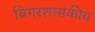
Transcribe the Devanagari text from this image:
बिगरशासकीय